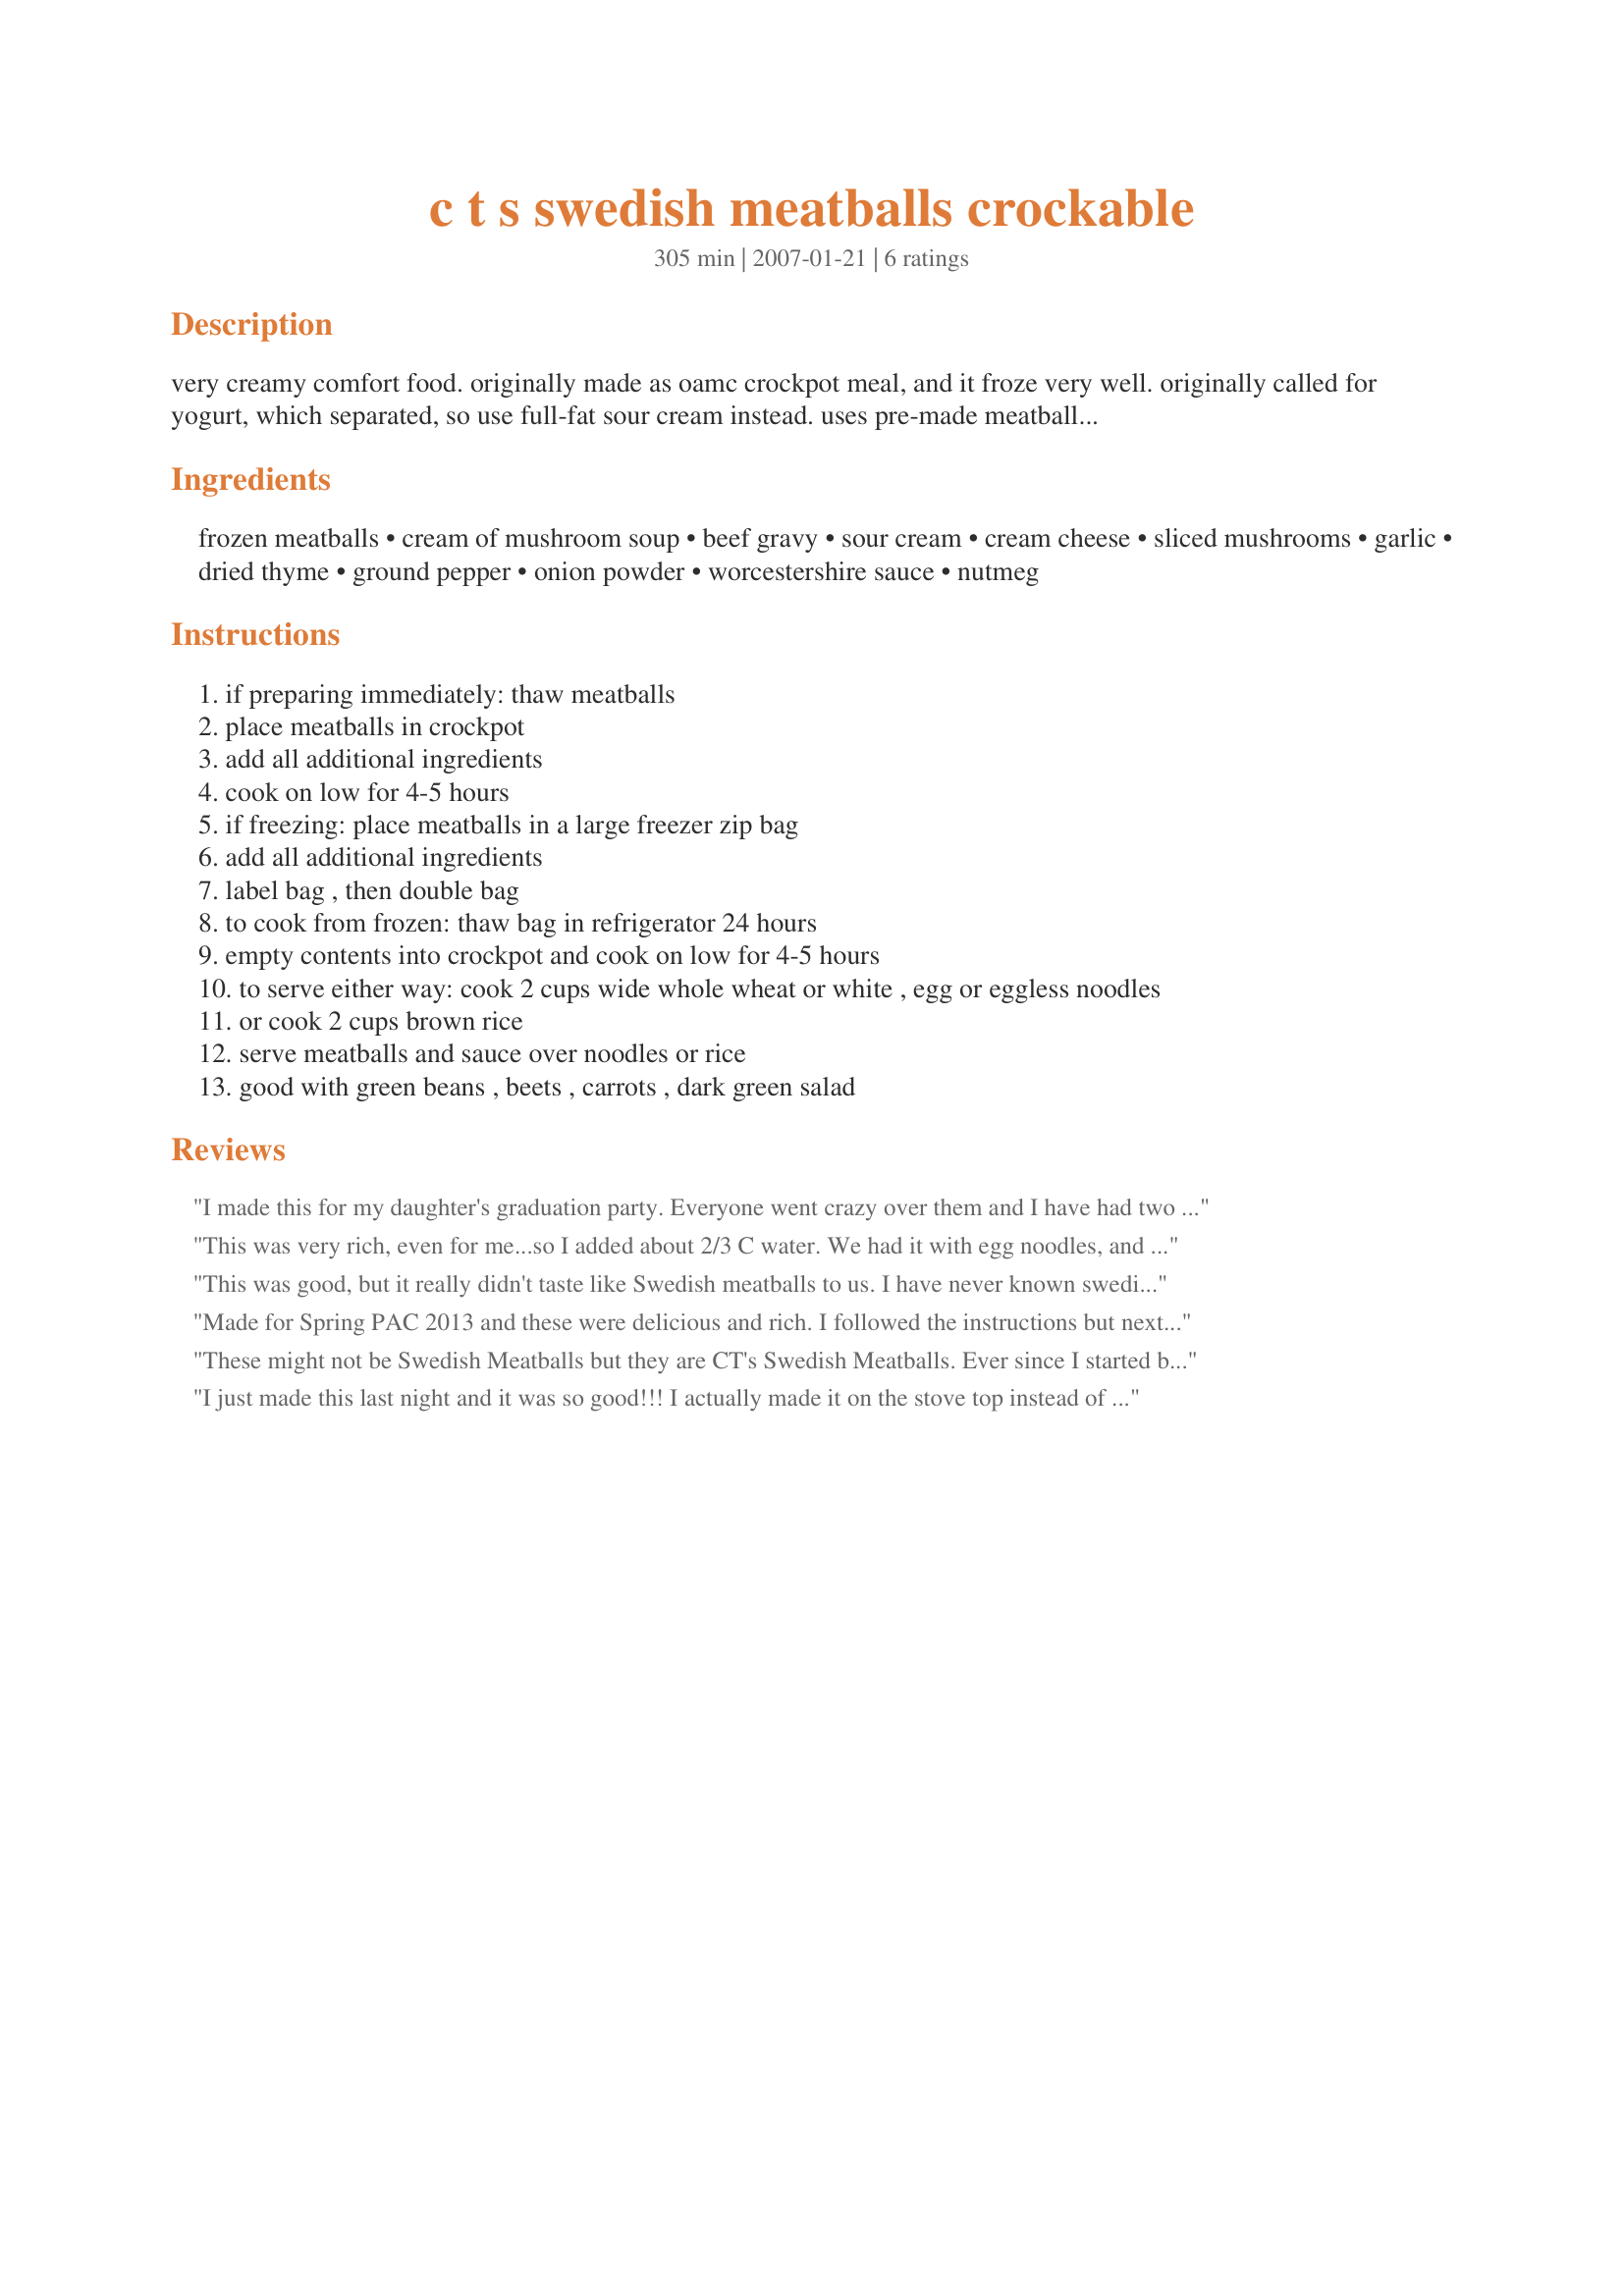
c t s swedish meatballs crockable
Preparation time: 305 minutes

very creamy comfort food. originally made as oamc crockpot meal, and it froze very well. originally called for yogurt, which separated, so use full-fat sour cream instead. uses pre-made meatballs (yours or store-bought).

Ingredients:
frozen meatballs, cream of mushroom soup, beef gravy, sour cream, cream cheese, sliced mushrooms, garlic, dried thyme, ground pepper, onion powder, worcestershire sauce, nutmeg

Steps:
if preparing immediately: thaw meatballs
place meatballs in crockpot
add all additional ingredients
cook on low for 4-5 hours
if freezing: place meatballs in a large freezer zip bag
add all additional ingredients
label bag , then double bag
to cook from frozen: thaw bag in refrigerator 24 hours
empty contents into crockpot and cook on low for 4-5 hours
to serve either way: cook 2 cups wide whole wheat or white , egg or eggless noodles
or cook 2 cups brown rice
serve meatballs and sauce over noodles or rice
good with green beans , beets , carrots , dark green salad

Reviews:
I made this for my daughter's graduation party. Everyone went crazy over them and I have had two requests for the recipe. I did add water as suggested. Thanks for a great recipe@
This was very rich, even for me...so I added about 2/3 C water. We had it with egg noodles, and it is now a family favorite...good enough for a dinner club choice!!
This was good, but it really didn't taste like Swedish meatballs to us. I have never known swedish meatballs to be this creamy and cheesy tasting. If I make this one again, I will probably take out some of the sour cream and cream cheese. Thanks for sharing.
Made for Spring PAC 2013 and these were delicious and rich. I followed the instructions but next time I might use some yogurt for the sour cream or cut back on both the sour cream and cream cheese but with your recipe#244236#244236 and mashed garlic potatoes this dinner was a hit and one I will make again. Thank you for posting.
These might not be Swedish Meatballs but they are CT's Swedish Meatballs. Ever since I started buying Costco frozen meatballs (I think they call them Italian) I don't make mine from scratch very much anymore and look for recipes like this. I liked the change with the beef gravy ingredient. I make gravy from scratch & freeze into cubes till I need some. We don't like real creamy so I cut the sauce in 1/2, increased the meatballs 4 oz & used 5 oz egg noodles at the end & it was perfect for us. I like using yogurt vs sour cream so I tryed adding in the last 30-60 min of cooking & it seemed to work fine (no seperation). Quick, easy & tasty recipe, thanks for sharing.
I just made this last night and it was so good!!! I actually made it on the stove top instead of in the crockpot by making the gravy first, then adding the meatballs. This recipe exceeded my expectations by far I'm getting hungry just thinking about it!!!Thanks!!
